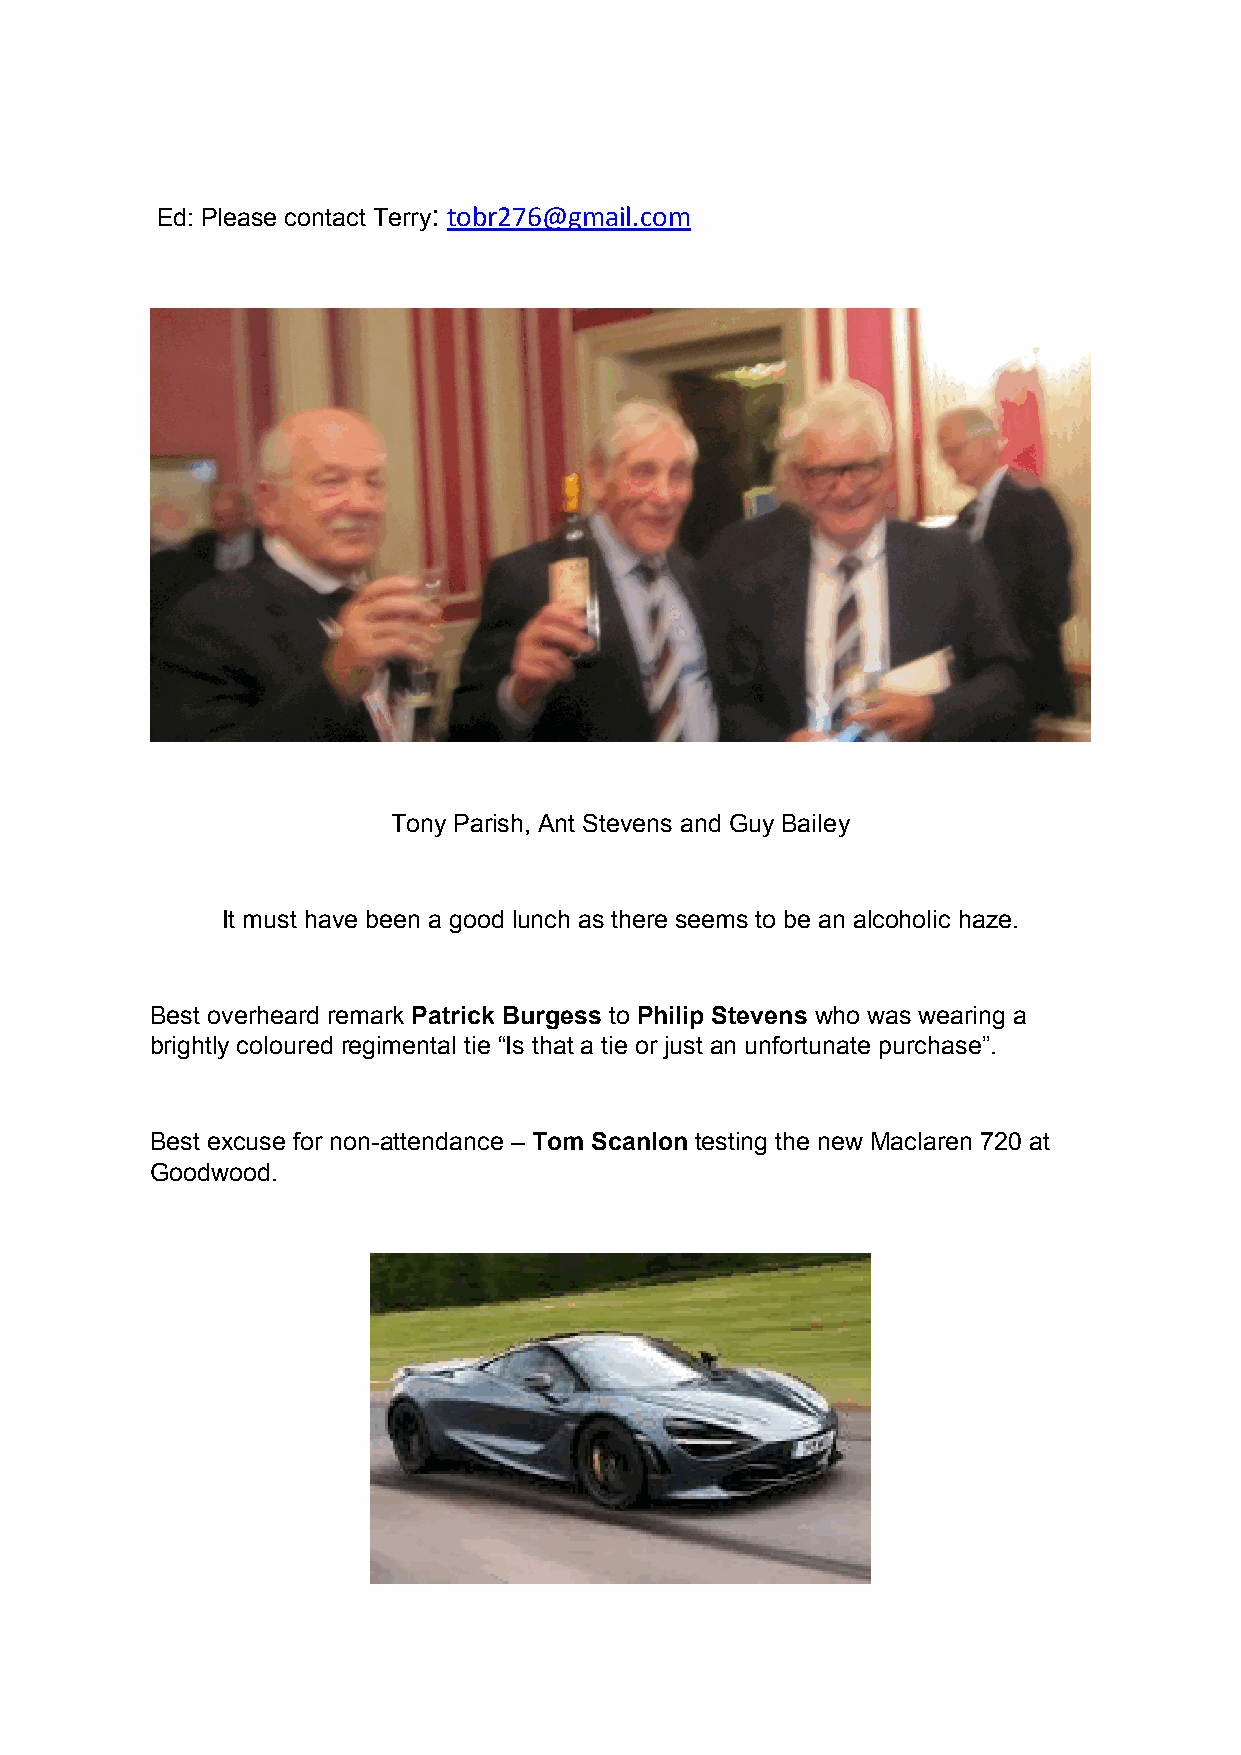
Ed: Please contact Terry: tobr276@gmail.com
 Tony Parish, Ant Stevens and Guy Bailey
 It must have been a good lunch as there seems to be an alcoholic haze.
 Best overheard remark Patrick Burgess to Philip Stevens who was wearing a
 brightly coloured regimental tie “Is that a tie or just an unfortunate purchase”.
 Best excuse for non-attendance – Tom Scanlon testing the new Maclaren 720 at
 Goodwood.